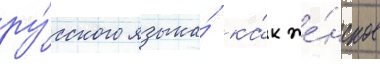
ру́сского языка́ ка́к же́нское